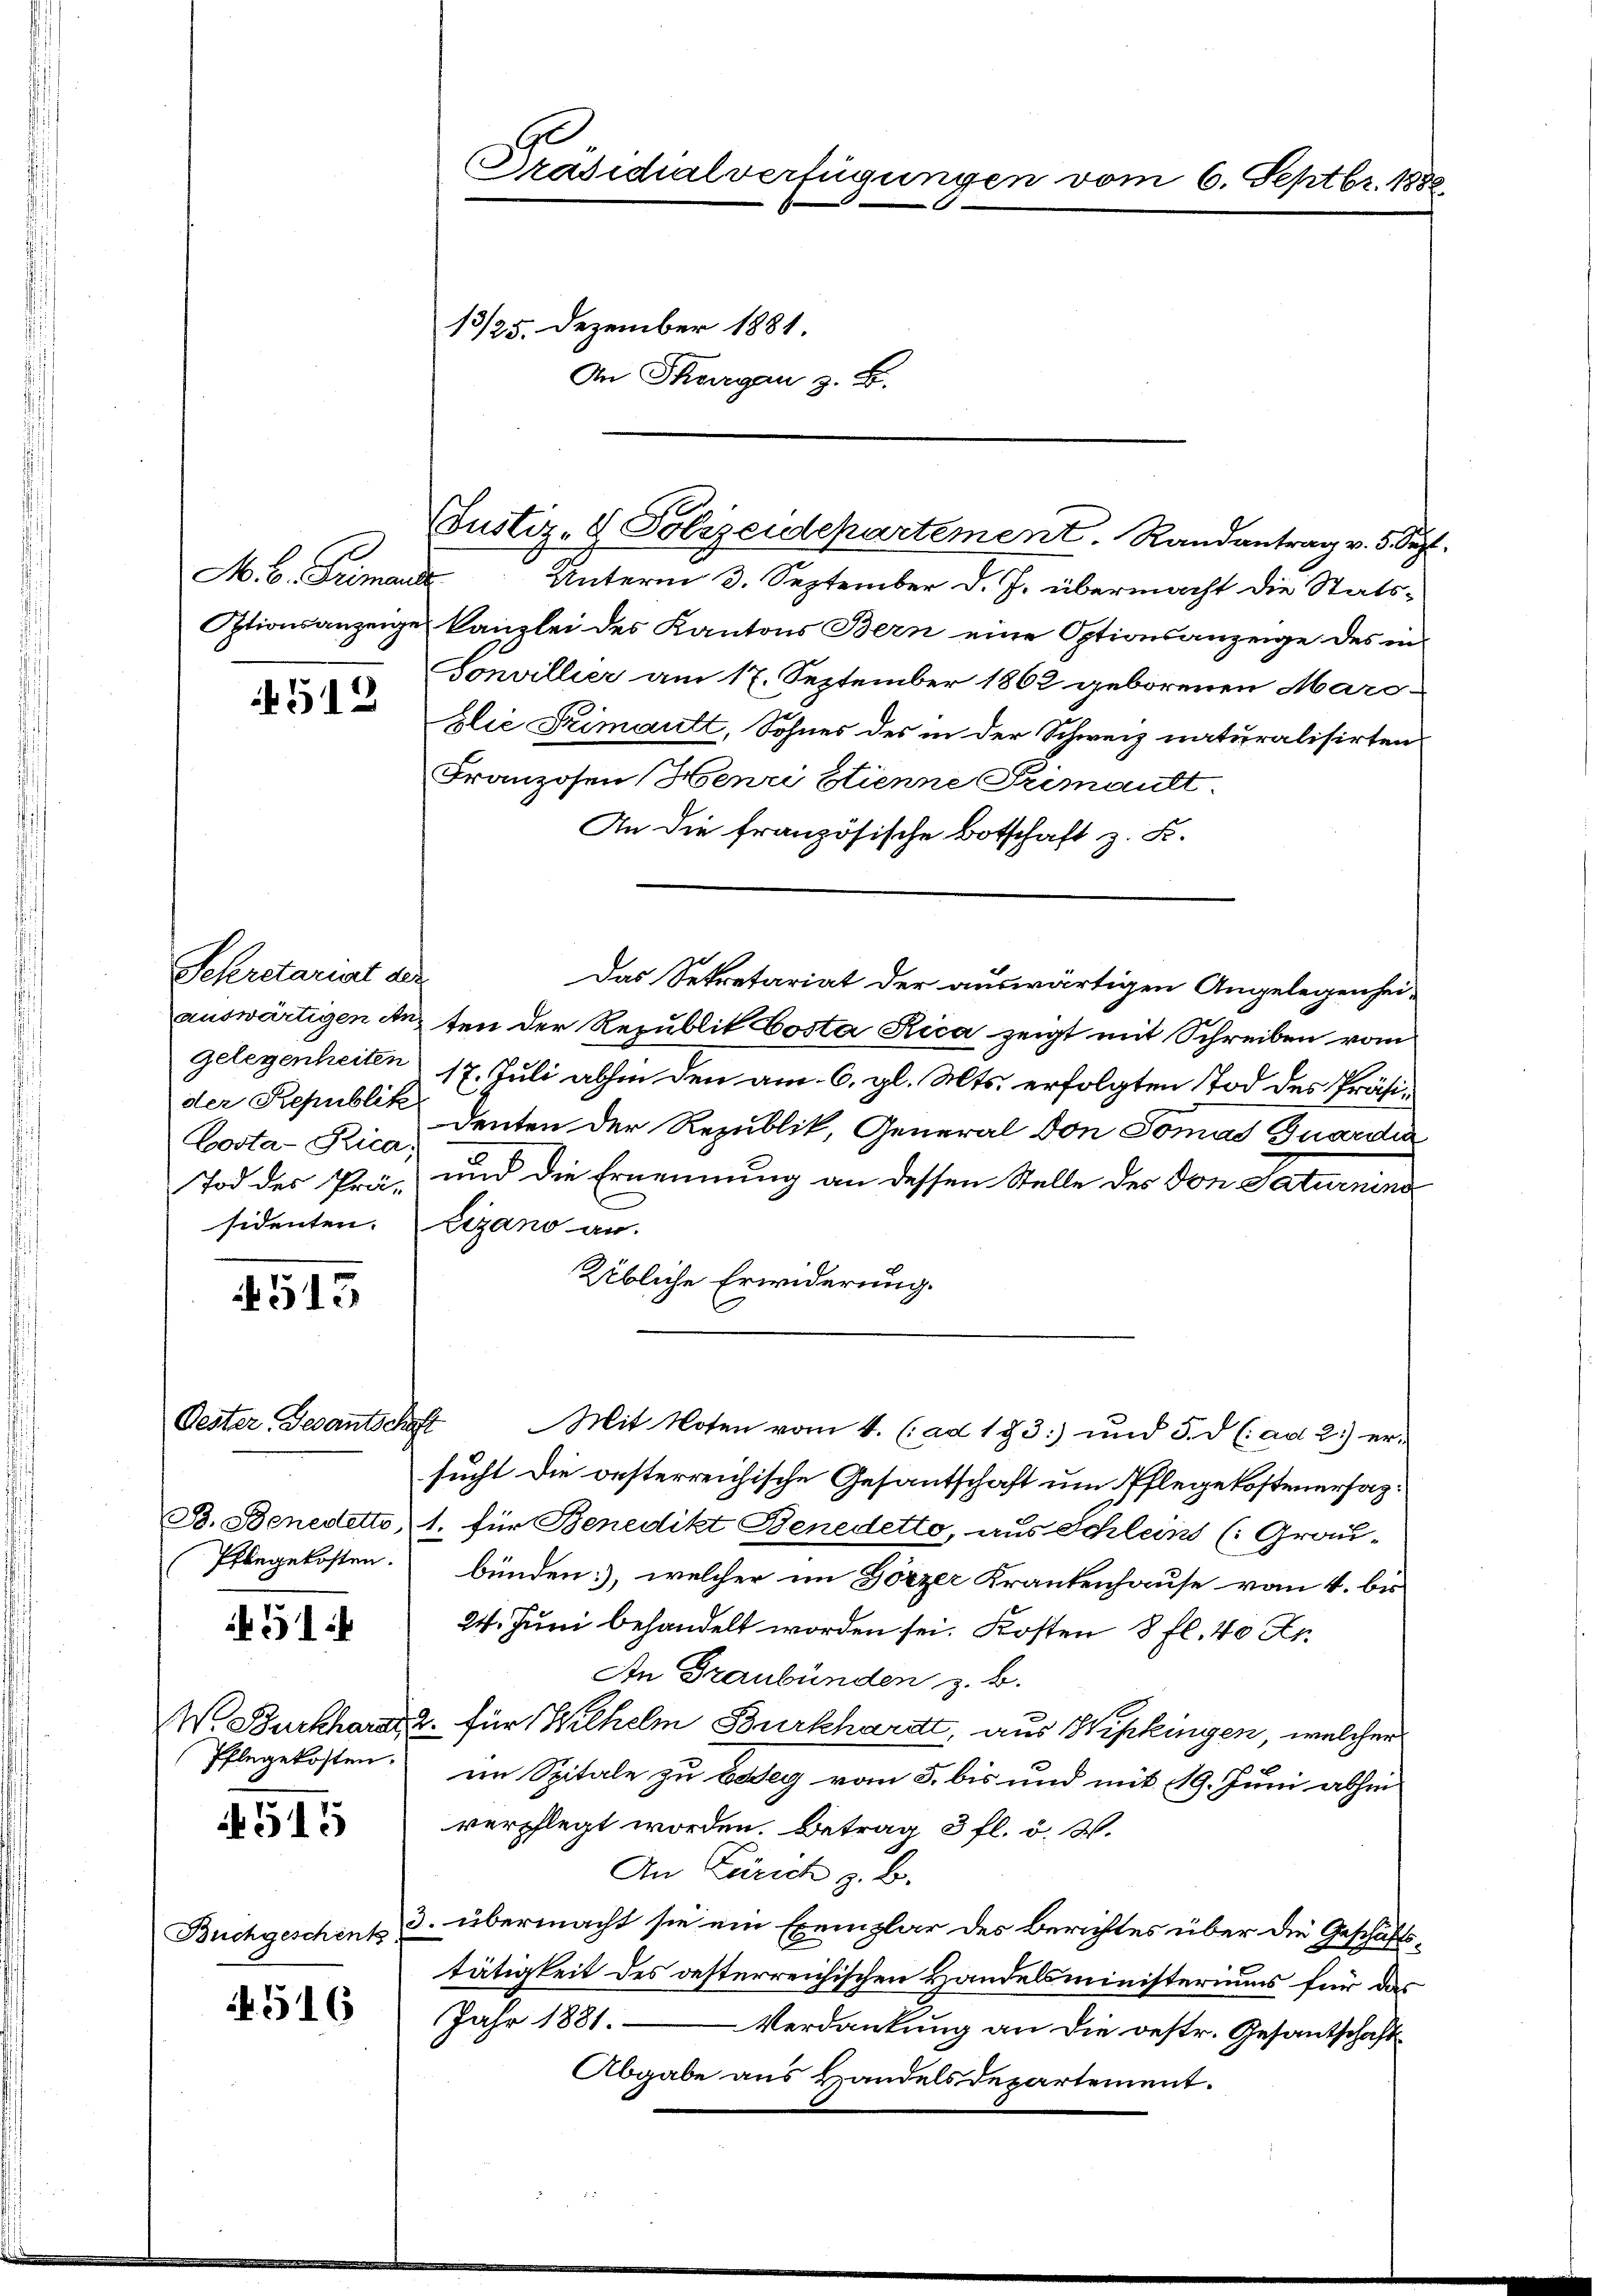
A. B. Gremande

512

Schretariat der
Costa-Rica,

513

Oester, Gesantschaft
B. Benedetto,
Pflegekosten.

51

W. Burkhardt,
Pflegekosten.
515

Buchgeschenk

N 516

Präsidialverfügungen vom 6. Septbr. 1882.
13/25. Dezember 1881.
An Thurgau z. B.

Unterm 3. September d. J. übermacht die Stats¬
Optionsanzeige kanzlei des Kantons Bern eine Optionsanzeige des in
Sonvillier am 17. September 1862 geborenen Maroblie Primantt, Sohnes des in der Schweiz naturalisirten
Franzosen Henri Etienne Primant.
An die französische Botschaft z. B.
auswärtigen anten der Republit Costa Rica zeigt mit Schreiben vom
gelegenheiten 17. Juli abhin den am 6. gl. Mts. erfolgten Tod des Präsider Republik deuten der Republik, General von Tomas Buardi
Tod des Prä- und die Ernennung an dessen Stelle des von Saturnins
sidenten. Vigano an.
Übliche Erwiderung.
Mit Noten vom 1. (ad 193 und 5. d. (: ad 2.) er-
sucht die oesterreichische Gesantschaft um Pflegekostenersaz:
1. für Benedikt Benedetto, aus Schleins (Grau-
bünden, welcher im Görzer Krankenhause vom 4. bis
24. Juni behandelt worden sei. Kosten 8 fl. 40 Rp.
An Graubünden z. B.
2. für Wilhelm Burkhardt, aus Wipkingen, welcher
en Spitale zu Esseg vom 5. bis und mit 19. Juni abhin
verpflegt worden. Betrag 3 fl. v. 3.
An Zürich z. B.
3. übermacht sie ein Exemplar des Berichtes über die Geschäftstätigkeit des oesterreichischen Handelsministeriums für das
Jahr 1881. Verdankung an die oestr. Gesantschaft
Abgabe aus Handelsdepartement.

Coustiz- & Polizeidepartement. Randantrag v. 5. Sep

Das Sekretariat der auswärtigen Angelegenhei-